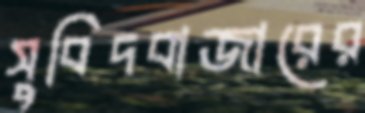
সুবিদবাজারের